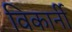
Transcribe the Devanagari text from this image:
विकार्नी